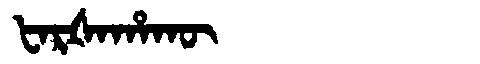
Manchu: ᡶᠠᡵᡧᠠᡥᠠᡴᡡ
Romanization: FARŠAHAKŪ